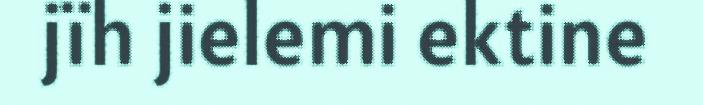
jïh jielemi ektine